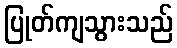
ပြုတ်ကျသွားသည်